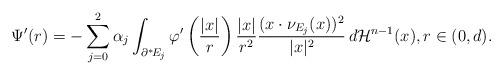
LaTeX: \begin{align*} \Psi^\prime(r) = -\sum_{j=0}^2\alpha_j\int_{\partial^*\! E_j} \varphi^\prime\left(\frac{|x|}{r}\right) \frac{|x|}{r^2} \frac{(x\cdot\nu_{E_j}(x))^2}{|x|^2}\, d\mathcal{H}^{n-1}(x), r\in(0,d).\end{align*}